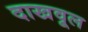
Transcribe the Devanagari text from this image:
दाखवूल